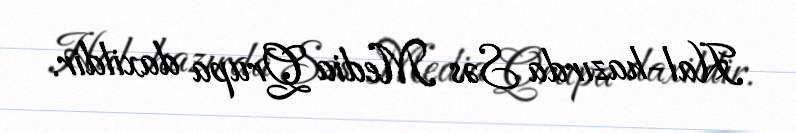
Hal-hazırda Səs Media Qrupa daxildir.